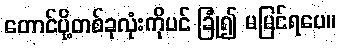
တောင်ပို့တစ်ခုလုံးကိုပင် ခြုံ၍ မမြင်ရပေ။